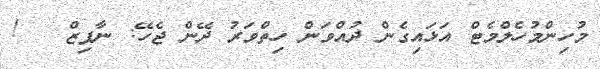
މުހިންމުހެލްމެޓް އަޅައިގެން ދުއްވަން ހިތްވަރު ދޭން ޖެހޭ: ނާފިޒް   !